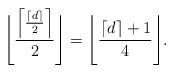
LaTeX: \begin{align*} \Bigg \lfloor \frac{ \Big \lceil \frac{ \lceil d \rceil}{2} \Big \rceil }{2} \Bigg \rfloor = \Bigg \lfloor \frac{\lceil d \rceil + 1}{4} \Bigg \rfloor.\end{align*}